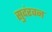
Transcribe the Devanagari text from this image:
सुदंरवन